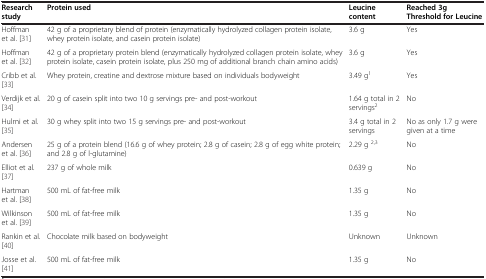
<table><thead><tr><td><b>Research study</b></td><td><b>Protein used</b></td><td><b>Leucine content</b></td><td><b>Reached 3g Threshold for Leucine</b></td></tr></thead><tbody><tr><td>Hoffman et al.[31]</td><td>42 g of a proprietary blend of protein (enzymatically hydrolyzed collagen protein isolate, whey protein isolate, and casein protein isolate)</td><td>3.6 g</td><td>Yes</td></tr><tr><td>Hoffman et al.[32]</td><td>42 g of a proprietary protein blend (enzymatically hydrolyzed collagen protein isolate, whey protein isolate, casein protein isolate, plus 250 mg of additional branch chain amino acids)</td><td>3.6 g</td><td>Yes</td></tr><tr><td>Cribb et al.[33]</td><td>Whey protein, creatine and dextrose mixture based on individuals bodyweight</td><td>3.49 g<sup>1</sup></td><td>Yes</td></tr><tr><td>Verdijk et al.[34]</td><td>20 g of casein split into two 10 g servings pre- and post-workout</td><td>1.64 g total in 2 servings<sup>2</sup></td><td>No</td></tr><tr><td>Hulmi et al.[35]</td><td>30 g whey split into two 15 g servings pre- and post-workout</td><td>3.4 g total in 2 servings</td><td>No as only 1.7 g were given at a time</td></tr><tr><td>Andersen et al.[36]</td><td>25 g of a protein blend (16.6 g of whey protein; 2.8 g of casein; 2.8 g of egg white protein; and 2.8 g of l-glutamine)</td><td>2.29 g <sup>2,3</sup></td><td>No</td></tr><tr><td>Elliot et al.[37]</td><td>237 g of whole milk</td><td>0.639 g</td><td>No</td></tr><tr><td>Hartman et al.[38]</td><td>500 mL of fat-free milk</td><td>1.35 g</td><td>No</td></tr><tr><td>Wilkinson et al.[39]</td><td>500 mL of fat-free milk</td><td>1.35 g</td><td>No</td></tr><tr><td>Rankin et al.[40]</td><td>Chocolate milk based on bodyweight</td><td>Unknown</td><td>Unknown</td></tr><tr><td>Josse et al.[41]</td><td>500 mL of fat-free milk</td><td>1.35 g</td><td>No</td></tr></tbody></table>